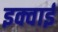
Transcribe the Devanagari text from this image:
इक्वाई